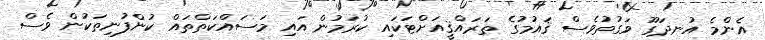
އެންމެ އުނދަގޫ ވަގުތުވެސް ޤައުމުގެ ތަރައްޤީއަށްޓަކައި ކުރަމުން އައި މަސައްކަތްތައް ކުންފުނިތަކުން ވެސް